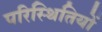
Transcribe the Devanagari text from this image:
परिस्‍िथतियों